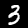
Digit: 3